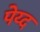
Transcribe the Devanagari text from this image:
पेय्द